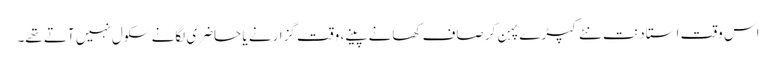
اس وقت استاد نت نئے کپڑے پہن کر صاف کھانے پینے، وقت گزارنے یا حاضری لگانے سکول نہیں آتے تھے۔